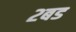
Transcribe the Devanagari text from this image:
२बड